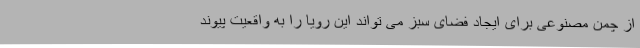
از چمن مصنوعی برای ایجاد فضای سبز می تواند این رویا را به واقعیت پیوند